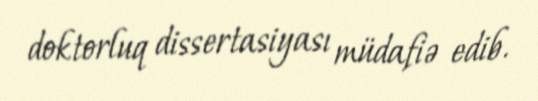
doktorluq dissertasiyası müdafiə edib.